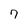
Character: 7